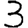
Digit: 3